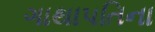
ગાથાપતિના